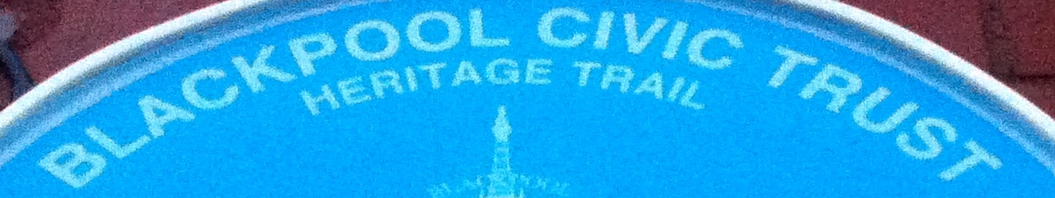
BLACKPOOL CIVIC TRUST